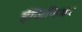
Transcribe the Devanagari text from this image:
ईंजिनिअर